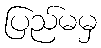
ပြည်မမှ